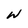
Character: W